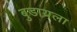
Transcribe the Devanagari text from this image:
बुडायला